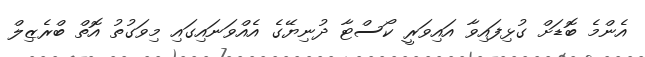
އެންމެ ބޮޑަށް ގުޅިފައިވާ އައިވަރީ ކޯސްޓާ ދުނިޔޭގެ އެއްވަނައިގައި މިވަގުތު އޮތް ބްރެޒިލް